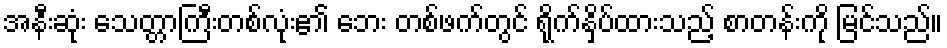
အနီးဆုံး သေတ္တာကြီးတစ်လုံး၏ ဘေး တစ်ဖက်တွင် ရိုက်နှိပ်ထားသည့် စာတန်းကို မြင်သည်။